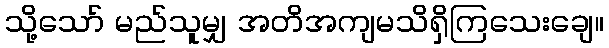
သို့သော် မည်သူမျှ အတိအကျမသိရှိကြသေးချေ။